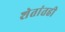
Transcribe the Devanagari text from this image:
शेतांतही